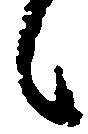
候